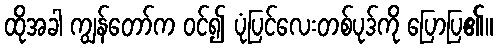
ထိုအခါ ကျွန်တော်က ဝင်၍ ပုံပြင်လေးတစ်ပုဒ်ကို ပြောပြ၏။